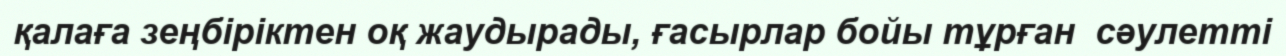
қалаға зеңбіріктен оқ жаудырады, ғасырлар бойы тұрған  сәулетті